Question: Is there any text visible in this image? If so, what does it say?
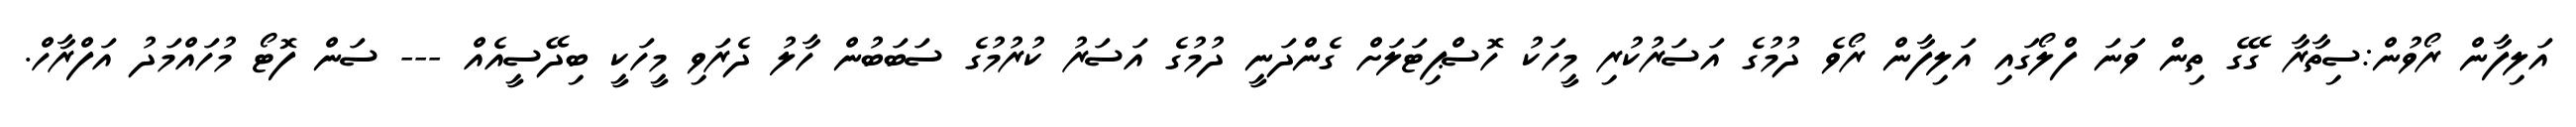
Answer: އަލިފާން ރޯވުން:ސިތާރާ ގޭގެ ތިން ވަނަ ފްލޯގައި އަލިފާން ރޯވެ ދުމުގެ އަސަރުކުރި މީހަކު ހޮސްޕިޓަލަށް ގެންދަނީ ދުމުގެ އަސަރު ކުރުމުގެ ސަބަބުން ހާލު ދެރަވި މީހަކީ ބިދޭސީއެއް --- ސަން ފޮޓޯ މުހައްމަދު އަފްރާހް.